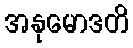
အနုမောဒတိ